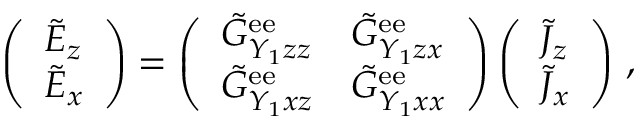
\left( \begin{array} { l } { \tilde { E } _ { z } } \\ { \tilde { E } _ { x } } \end{array} \right) = \left( \begin{array} { l l } { \tilde { G } _ { Y _ { 1 } z z } ^ { \mathrm { e e } } } & { \tilde { G } _ { Y _ { 1 } z x } ^ { \mathrm { e e } } } \\ { \tilde { G } _ { Y _ { 1 } x z } ^ { \mathrm { e e } } } & { \tilde { G } _ { Y _ { 1 } x x } ^ { \mathrm { e e } } } \end{array} \right) \left( \begin{array} { l } { \tilde { J } _ { z } } \\ { \tilde { J } _ { x } } \end{array} \right) \, ,